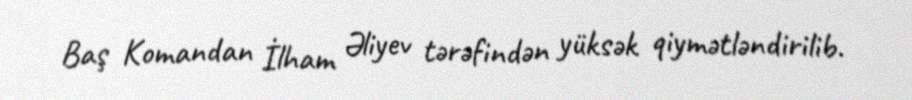
Baş Komandan İlham Əliyev tərəfindən yüksək qiymətləndirilib.